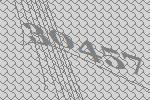
30457